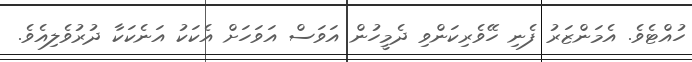
ހުއްޓެވެ. އެމަންޒަރު ފެނި ހޭވެރިކަންވި ދެމީހުން އަވަސް އަވަހަށް އެކަކު އަނެކަކާ ދުރުވެލިއެވެ.